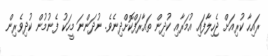
ރައިހާ ކުރިއަށް ޖެހިލާފައި އުމަރާއި ކުދިން ތައާރަފްކޮށްދިނެވެ. ނުދަންނަ މީހަކު ފެނުމުން ކުދިވެރިން